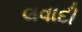
લવાદી